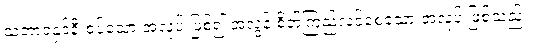
သဘာဝနှင့်နီးစပ်သော အလုပ် ဖြစ်၍ အလွန် စိတ်ကြည်လင်စေသော အလုပ် ဖြစ်သည်။